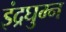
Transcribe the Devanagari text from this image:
इंद्रघुम्न